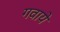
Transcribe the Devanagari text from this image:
गवाये